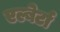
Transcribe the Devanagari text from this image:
एल्बेर्टा